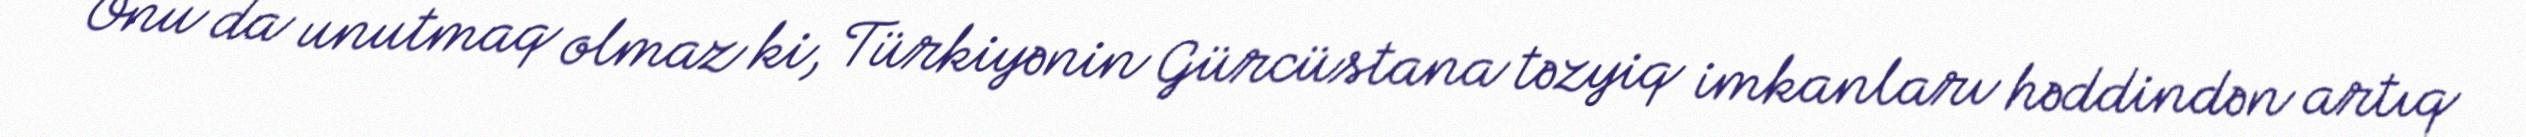
Onu da unutmaq olmaz ki, Türkiyənin Gürcüstana təzyiq imkanları həddindən artıq